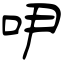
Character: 吚